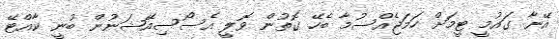
އޭނާ ގައުމީ ޓީމަށް ހަމަޖެއްސުމާ ބެހޭ ގޮތުން ވޮލީ އެސޯސިއޭޝަނުން ބުނީ ކާއްޓޭ